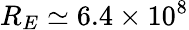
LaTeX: R_{E}\simeq 6.4\times 10^{8}